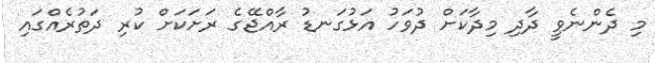
މި ދެންނެވީ ދާދި މިދާކަށް ދުވަހު އަޅުގަނޑު ރާއްޖޭގެ ރަށަކަށް ކުރި ދަތުރެއްގައި